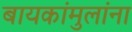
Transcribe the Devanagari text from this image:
बायकांमुलांना